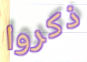
ذكروا